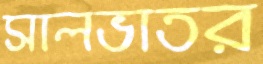
সালভাতর